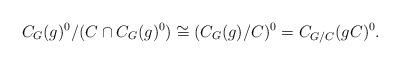
LaTeX: \begin{align*} C_G(g)^0/(C\cap C_G(g)^0) \cong (C_G(g)/C)^0=C_{G/C}(gC)^0.\end{align*}